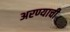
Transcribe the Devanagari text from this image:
अरण्याची